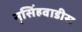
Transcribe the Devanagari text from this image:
नृसिंहवाडीस